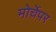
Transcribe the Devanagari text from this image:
मोर्चेपर